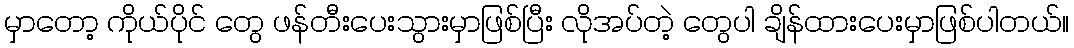
မှာတော့ ကိုယ်ပိုင် တွေ ဖန်တီးပေးသွားမှာဖြစ်ပြီး လိုအပ်တဲ့ တွေပါ ချိန်ထားပေးမှာဖြစ်ပါတယ်။